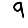
Digit: 9